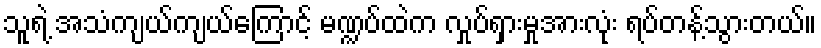
သူရဲ့ အသံကျယ်ကျယ်ကြောင့် မဏ္ဍပ်ထဲက လှုပ်ရှားမှုအားလုံး ရပ်တန့်သွားတယ်။